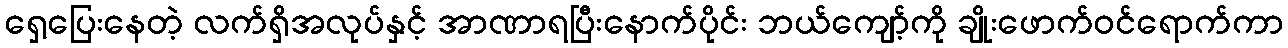
ရှေ့ပြေးနေတဲ့ လက်ရှိအလုပ်နှင့် အာဏာရပြီးနောက်ပိုင်း ဘယ်ကျော့်ကို ချိုးဖောက်ဝင်ရောက်ကာ